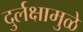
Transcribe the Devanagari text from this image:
दुर्लक्षामुळे